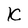
Character: K